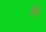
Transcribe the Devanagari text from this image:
थिले